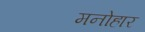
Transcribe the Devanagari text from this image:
मनोहार